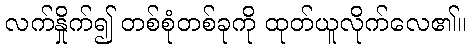
လက်နှိုက်၍ တစ်စုံတစ်ခုကို ထုတ်ယူလိုက်လေ၏။